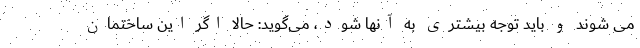
می شوند و باید توجه بیشتری به آنها شود، می‌گوید: حالا اگر این ساختمان